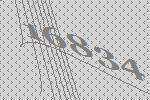
16834